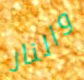
والنار